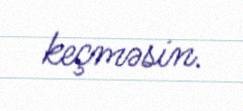
keçməsin.